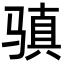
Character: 𩨋